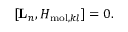
[ { \mathbf { L } } _ { n } , H _ { \mathrm { m o l } , k l } ] = 0 .